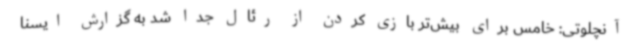
آنچلوتی: خامس برای بیش‌تر بازی کردن از رئال‌ جدا شد به گزارش ایسنا